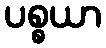
ပစ္စယာ